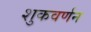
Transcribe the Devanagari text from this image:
शुकवर्णन